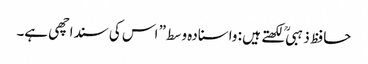
حافظ ذہبی ؒ لکھتے ہیں : واسنادہ وسط” اس کی سنداچھی ہے۔